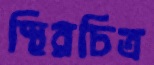
স্থিরচিত্র